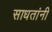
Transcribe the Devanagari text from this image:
साधतांनी